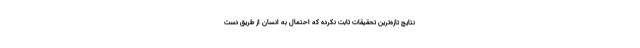
نتایج تازه‌ترین تحقیقات ثابت نکرده‌ که احتمال به انسان از طریق دست